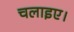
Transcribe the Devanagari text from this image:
चलाइए।